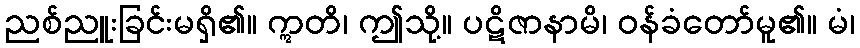
ညစ်ညူးခြင်းမရှိ၏။ ဣတိ၊ ဤသို့။ ပဋိဇာနာမိ၊ ဝန်ခံတော်မူ၏။ မံ၊